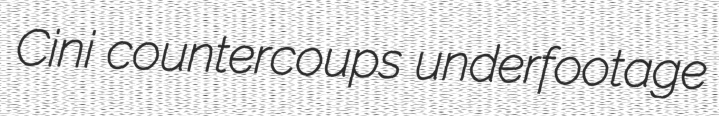
Cini countercoups underfootage